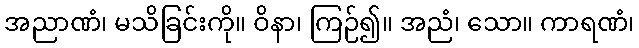
အညာဏံ၊ မသိခြင်းကို။ ဝိနာ၊ ကြဉ်၍။ အညံ၊ သော။ ကာရဏံ၊